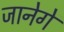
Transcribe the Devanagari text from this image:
जानेगें